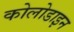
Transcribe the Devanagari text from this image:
कोलोडाइन